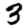
Digit: 3